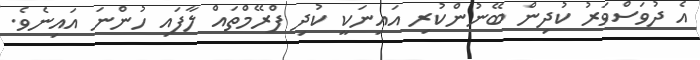
އެ ދުވަސްވަރު ކުދިން ބޭނުންކުރި އައިނަކީ ކުދި ފްރޭމްތައް ލާފައި ހުންނަ އައިނެވެ.